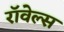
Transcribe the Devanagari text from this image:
रॉवेल्स